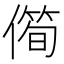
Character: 㒐